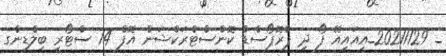
_ 20211129_އީއައިއޭ ފޯ ދި ޕްރޮޕޯސްޑް ކޮންސްޓްރަކްޝަން އޮފް 14 ސްޓޯރީ ބިލްޑިންގ